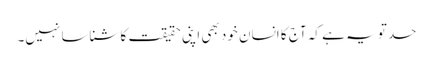
حد تو یہ ہے کہ آج کا انسان خود بھی اپنی حقیقت کا شناسا نہیں۔